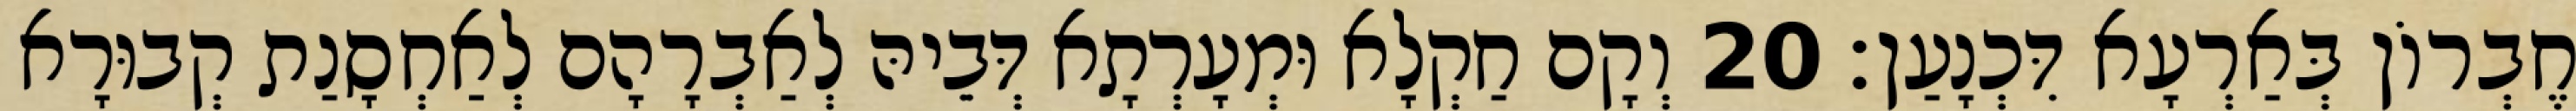
חֶבְרוֹן בְּאַרְעָא דִּכְנָעַן׃ 20 וְקָם חַקְלָא וּמְעָרְתָא דְּבֵיהּ לְאַבְרָהָם לְאַחְסָנַת קְבוּרָא